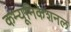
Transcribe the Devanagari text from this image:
कम्यूनिकेशनल